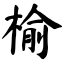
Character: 榆